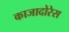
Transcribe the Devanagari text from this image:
काजादोरेस